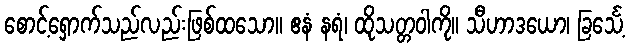
စောင့်ရှောက်သည်လည်းဖြစ်ထသော။ ဧနံ နရံ၊ ထိုသတ္တဝါကို။ သီဟာဒယော၊ ခြင်္သေ့